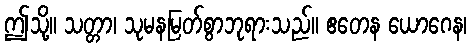
ဤသို့။ သတ္တာ၊ သုမနမြတ်စွာဘုရားသည်။ ဧတေန ယောဂေန၊